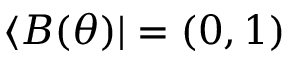
\langle B ( \theta ) | = ( 0 , 1 )